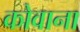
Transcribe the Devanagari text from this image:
कोवाना